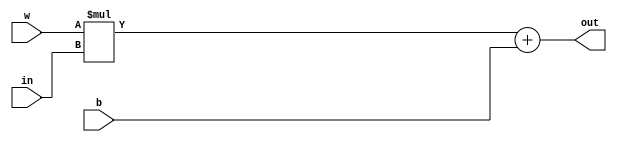
// Multiply Accumulate Unit

`timescale 1ns / 1ps

module mac(
    input [7:0] in,
    input [7:0] w,
    input [7:0] b,
    output [15:0] out
    );

wire [15:0] d;
assign d = w * in;
assign out = d + b;
 
endmodule